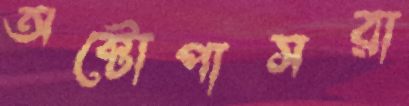
অক্টোপাসরা